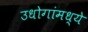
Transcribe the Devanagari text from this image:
उधोगांमध्ये